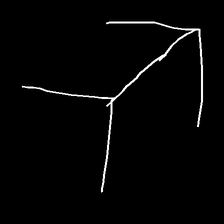
Glyph: gather